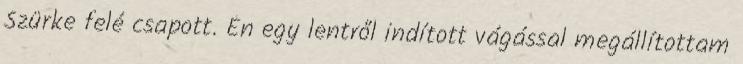
Szürke felé csapott. Én egy lentről indított vágással megállítottam